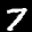
Label: 7